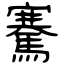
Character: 騫